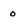
Character: 0